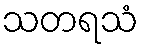
သတရသံ